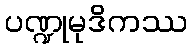
ပဏ္ဍုမုဒိကဿ